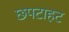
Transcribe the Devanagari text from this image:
छपटाहट